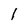
Character: 1